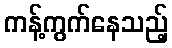
ကန့်ကွက်နေသည့်